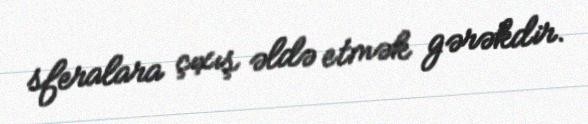
sferalara çıxış əldə etmək gərəkdir.